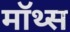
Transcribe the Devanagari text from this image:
मॉथ्स